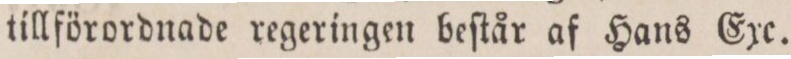
tillförordnade regeringen beſtår af Hans Exc.